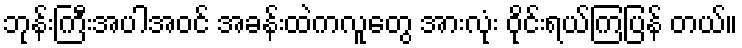
ဘုန်းကြီးအပါအဝင် အခန်းထဲကလူတွေ အားလုံး ဝိုင်းရယ်ကြပြန် တယ်။